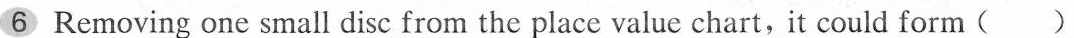
6 Removing one small disc from the place value chart,it could form ( )